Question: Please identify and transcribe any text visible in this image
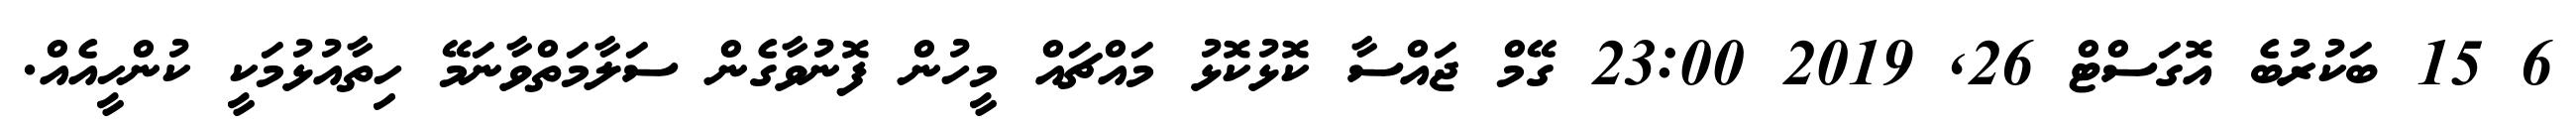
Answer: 6 15 ބަކުރުބެ އޮގަސްޓް 26, 2019 23:00 ގޭމް ޖައްސާ ކޮޅުކޮޅު މައްޗައް މީހުން ފޮނުވާގެން ސަލާމަތްވާނަމޭ ހިތާއުޅުމަކީ ކުންހީއެއް.